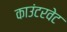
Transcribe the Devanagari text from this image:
काउंटरवेट